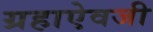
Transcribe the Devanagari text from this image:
ग्रहाऐवजी